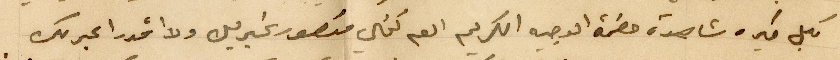
بكل خير وشاهدة حضرة الوجيه الكريم العم نخلي منصور غبريل ولا اقدر اعبر لك